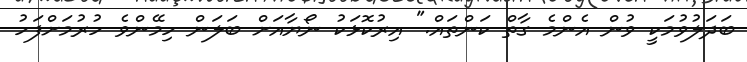
ބަދަލުވުމަކީ ވުން އެންމެ ގާތް ކަންތައް." އިރުކޮޅަކު ނޯޔާއަށް ބަލަން ހިމޭންވެ ހުރުމަށްފަހު